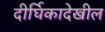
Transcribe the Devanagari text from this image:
दीर्घिकादेखील